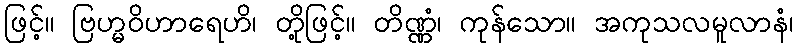
ဖြင့်။ ဗြဟ္မဝိဟာရေဟိ၊ တို့ဖြင့်။ တိဏ္ဏံ၊ ကုန်သော။ အကုသလမူလာနံ၊